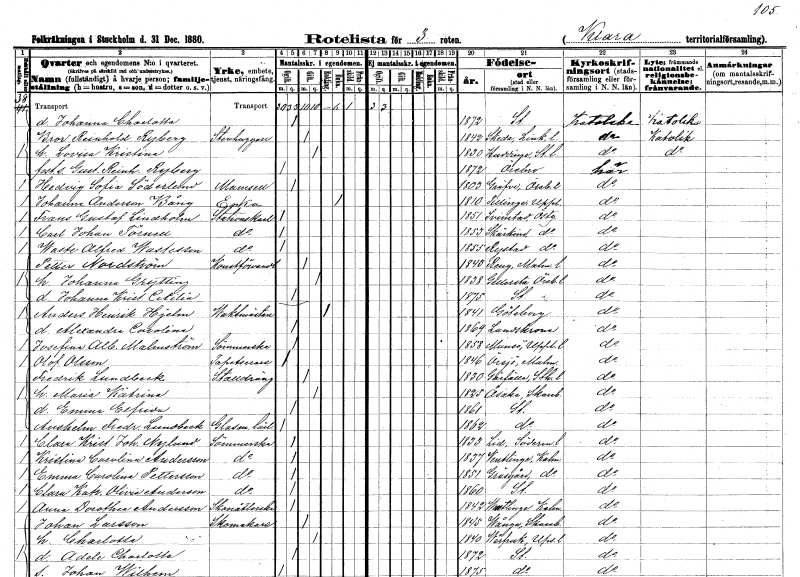
gt_parse: households: individuals: FN: Johanna Charlotta
KON: K
CIV: O
FODAR: 1872
FODFORS: Stockholm
FN: Bror Reinhold
EN: Ryberg
YRKE: Stenhuggare
KON: M
CIV: G
FODAR: 1842
FODFORS: Skeda Östergötlands län
FN: Lovisa Kristina
KON: K
CIV: G
FODAR: 1830
FODFORS: Huddinge Stockholms län
FN: Gustaf Reinhold
EN: Ryberg
KON: M
CIV: O
FODAR: 1872
FODFORS: Örebro Örebro län
FN: Hedvig Sofia
EN: Söderlund
KON: K
CIV: O
FODAR: 1803
FODFORS: Gräve Örebro län
FN: Johanna
EN: Anderson Bång
YRKE: Änka
KON: K
CIV: E
FODAR: 1810
FODFORS: Tillinge Uppsala län
FN: Frans Gustaf
EN: Lindholm
YRKE: Stationskarl
KON: M
CIV: O
FODAR: 1851
FODFORS: Svinstad Östergötlands län
FN: Carl Johan
EN: Törnell
YRKE: Stationskarl
KON: M
CIV: O
FODAR: 1853
FODFORS: Skärkind Östergötlands län
FN: Waste Alfred
EN: Wastesson
YRKE: Stationskarl
KON: M
CIV: O
FODAR: 1855
FODFORS: Rystad Östergötlands län
FN: Petter
EN: Nordström
YRKE: Konstförvandt
KON: M
CIV: G
FODAR: 1843
FODFORS: Räng Malmöhus län
FN: Johanna
EN: Grytting
KON: K
CIV: G
FODAR: 1838
FODFORS: Gällersta Örebro län
FN: Johanna Kristina Cecilia
KON: K
CIV: O
FODAR: 1875
FODFORS: Stockholm
FN: Anders Henrik
EN: Hjelm
YRKE: Vaktmästare
KON: M
CIV: E
FODAR: 1841
FODFORS: Göteborg Göteborgs- och Bohuslän
FN: Alexandra Carolina
KON: K
CIV: O
FODAR: 1869
FODFORS: Landskrona Malmöhus län
FN: Josefina Albertina
EN: Malmström
YRKE: Sömmerska
KON: K
CIV: O
FODAR: 1858
FODFORS: Munsö Stockholms län
FN: Olof
EN: Olsson
YRKE: Tapetserare
KON: M
CIV: O
FODAR: 1846
FODFORS: Örsjö Malmöhus län
FN: Fredrik
EN: Lundbeck
YRKE: Stalldräng
KON: M
CIV: G
FODAR: 1830
FODFORS: Järfälla Stockholms län
FN: Maria Katrina
KON: K
CIV: G
FODAR: 1825
FODFORS: Åsaka Skaraborgs län
FN: Emma Elfrida
KON: K
CIV: O
FODAR: 1861
FODFORS: Stockholm
FN: Anshelm Fredrik
EN: Lundbeck
YRKE: Glasmästarelärling
KON: M
CIV: O
FODAR: 1862
FODFORS: Stockholm
FN: Clara Kristina Johanna
EN: Nylund
YRKE: Sömmerska
KON: K
CIV: O
FODAR: 1833
FODFORS: Lid Södermanlands län
FN: Kristina Carolina
EN: Andersson
YRKE: Sömmerska
KON: K
CIV: O
FODAR: 1837
FODFORS: Ventlinge Kalmar län
FN: Emma Carolina
EN: Pettersson
YRKE: Sömmerska
KON: K
CIV: O
FODAR: 1851
FODFORS: Gräsgård Kalmar län
FN: Clara Katrina Olivia
EN: Anderson
YRKE: Sömmerska
KON: K
CIV: O
FODAR: 1860
FODFORS: Stockholm
FN: Anna Dorothea
EN: Andersson
YRKE: Skonåtlerska
KON: K
CIV: O
FODAR: 1842
FODFORS: Ventlinge Kalmar län
FN: Johan
EN: Larsson
YRKE: Skomakare
KON: M
CIV: G
FODAR: 1845
FODFORS: Vånga Skaraborgs län
FN: Charlotta
KON: K
CIV: G
FODAR: 1840
FODFORS: Vårfrukyrka Uppsala län
FN: Adela Charlotta
KON: K
CIV: O
FODAR: 1872
FODFORS: Stockholm
FN: Johan Wilhelm
KON: M
CIV: O
FODAR: 1875
FODFORS: Stockholm